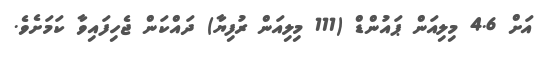
އަށް 4.6 މިލިއަން ޕައުންޑް (111 މިލިއަން ރުފިޔާ) ދައްކަން ޖެހިފައިވާ ކަމަށެވެ.